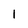
Character: l